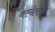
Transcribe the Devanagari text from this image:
वल्देरामा